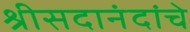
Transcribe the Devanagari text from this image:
श्रीसदानंदांचे